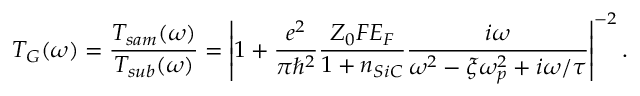
T _ { G } ( \omega ) = \frac { T _ { s a m } ( \omega ) } { T _ { s u b } ( \omega ) } = \left| 1 + \frac { e ^ { 2 } } { \pi \hbar ^ { 2 } } \frac { Z _ { 0 } F E _ { F } } { 1 + n _ { S i C } } \frac { i \omega } { \omega ^ { 2 } - \xi \omega _ { p } ^ { 2 } + i \omega / \tau } \right| ^ { - 2 } .